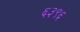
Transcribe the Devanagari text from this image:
६३९६